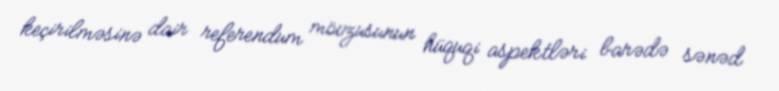
keçirilməsinə dair referendum mövzusunun hüquqi aspektləri barədə sənəd